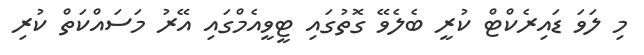
މި ލަވަ ޑައިރެކްޓް ކުރީ ބެލެވޭ ގޮތުގައި ޓީވީއެމްގައި އޭރު މަސައްކަތް ކުރި